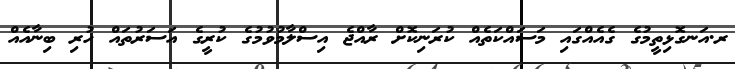
ރ.އަނގޮޅިތީމުގެ ގެއެއްގައި މަސައްކަތެއް ކުރަނިކޮށް ރާއްޖެ އިސްލާމުވުމުގެ ކުރީގެ އަސަރުތައް ހުރި ބިނާއެއް